Report on horse surra - Volume II, Part II
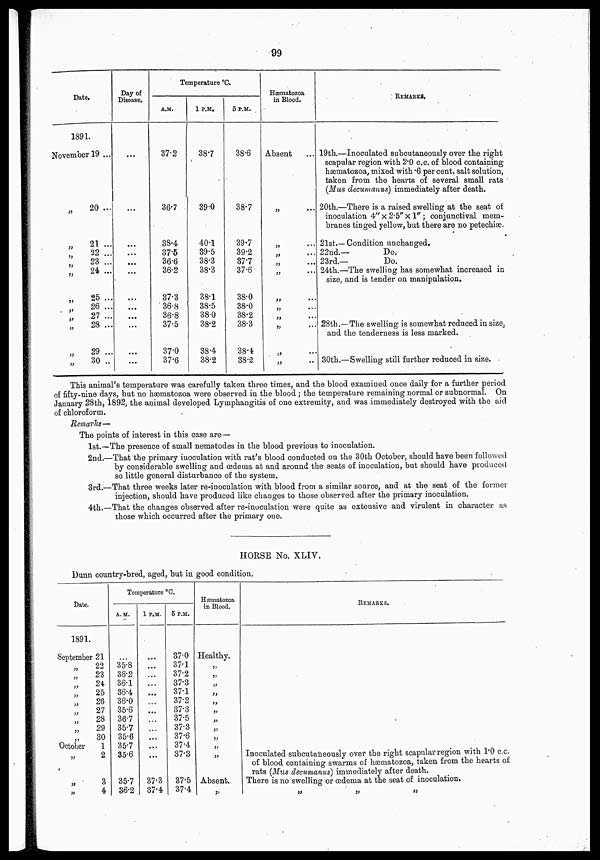
99
Date.
1891.
November 19 ...
„
20 ...
„
21 ...
„
22 ...
„
23 ...
„
24 ...
„
25 ...
„
26 ...
„
27 ...
„
28 ...
„
29 ...
„
30 ..
Day of
Disease.
....
...
...
...
...
...
...
...
...
...
...
Temperature °C.
A.M.
37.2
36.7
38.4
37.5
36.6
36.2
37.3
36.8
36.8
37.5
37.0
37.6
1 P.M.
38.7
39.0
40.1
39.5
38.3
38.3
38.1
38.5
38.0
38.2
38.4
38.2
5 P.M.
38.6
38.7
39.7
39.2
37.7
37.6
38.0
38.0
38.2
38.3
38.4
38.2
Hæmatozoa
in Blood.
Absent ...
„
...
„ ...
„
...
„ ...
„ ...
„
...
„ ...
„ ...
„
...
„ ...
„ ...
REMARKS.
19th.—Inoculated subcutaneously over the right
scapular region with 2.0 c.c. of blood containing
hæmatozoa, mixed with .6 per cent. salt solution,
taken from the hearts of several small rats
(Mus decumanus) immediately after death.
20th.—There is a raised swelling at the seat of
inoculation 4"×2.5"×1"; conjunctival mem¬
branes tinged yellow, but there are no petechiæ.
21st.—Condition unchanged.
22nd.—
Do.
23rd.—
Do.
24th.—The swelling has somewhat increased in
size, and is tender on manipulation.
28th.—The swelling is somewhat reduced in size,
and the tenderness is less marked.
30th.—Swelling still further reduced in size.
This animal's temperature was carefully taken, three times, and the blood examined once daily for a further period
of fifty-nine days, but no hæmatozoa were observed in the blood ; the temperature remaining normal or subnormal. On
January 28th, 1892, the animal developed Lymphangitis of one extremity, and was immediately destroyed with the aid
of chloroform.
Remarks—
The points of interest in this case are—
1st.—The presence of small nematodes in the blood previous to inoculation.
2nd.—That the primary inoculation with rat's blood conducted on the 30th October, should have been followed
by considerable swelling and œdema at and around the seats of inoculation, but should have produced
so little general disturbance of the system.
3rd.—That three weeks later re-inoculation with blood from a similar source, and at the seat of the former
injection, should have produced like changes to those observed after the primary inoculation.
4th.—That the changes observed after re-inoculation were quite as extensive and virulent in character as
those which occurred after the primary one.
HORSE No. XLIV.
Dunn country-bred, aged, but in good condition.
Date.
1891.
September 21
„ 22
„
23
„ 24
„ 25
„ 26
„ 27
„
28
„ 29
„ 30
October
1
„ 2
„
3
„ 4
Temperature °c.
A.M.
...
35.8
36.2
36.1
36.4
36.0
35.6
36.7
35.7
35.6
35.7
35.6
35.7
36.2
1 P.M.
...
...
...
...
...
...
...
...
...
...
...
...
37.3
37.4
5 P.M.
37.0
37.1
37.2
37.3
37.1
37.2
37.3
37.5
37.3
37.6
37.4
37.3
37.5
37.4
Hæmatozoa
in Blood.
Healthy.
„
„
„
„
„
„
„
„
„
„
„
Absent.
„
REMARKS.
Inoculated subcutaneously over the right scapular region with 1.0 c.c.
of blood containing swarms of hæmatozoa, taken from the hearts of
rats (Mus decumanus) immediately after death.
There is no swelling or œdema at the seat of inoculation.
„ „ „